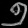
Digit: ၅